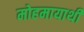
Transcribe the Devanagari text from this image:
मोहमायाथी